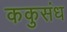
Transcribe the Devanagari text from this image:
ककुसंध